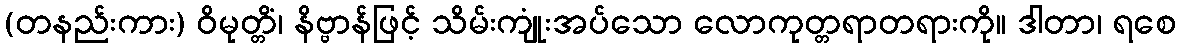
(တနည်းကား) ဝိမုတ္တိံ၊ နိဗ္ဗာန်ဖြင့် သိမ်းကျုံးအပ်သော လောကုတ္တရာတရားကို။ ဒါတာ၊ ရစေ